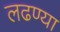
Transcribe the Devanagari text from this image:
लढण्या